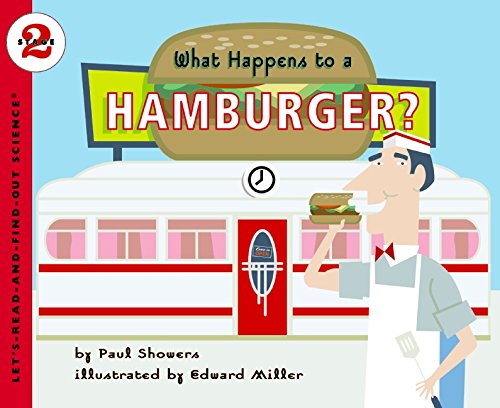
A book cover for What Happens to a Hamburger? (Let's-Read-and-Find-Out Science 2); Paul Showers; Children's Books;